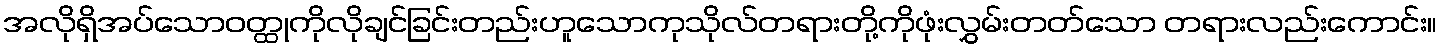
အလိုရှိအပ်သောဝတ္ထုကိုလိုချင်ခြင်းတည်းဟူသောကုသိုလ်တရားတို့ကိုဖုံးလွှမ်းတတ်သော တရားလည်းကောင်း။